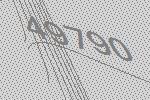
49790